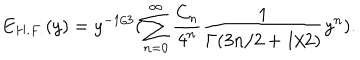
E _ { H . F . } ( y ) = y ^ { - 1 / 3 } ( \sum _ { n = 0 } ^ { \infty } { \frac { C _ { n } } { 4 ^ { n } } } { \frac { 1 } { \Gamma ( 3 n / 2 + 1 / 2 ) } } y ^ { n } ) .